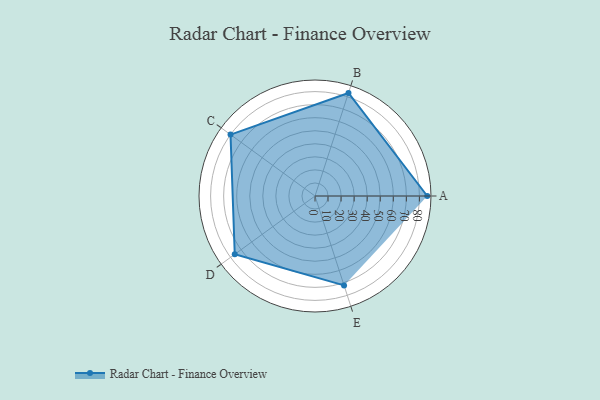
{"axis": {"x": "Skill", "y": "Score"}, "legend": ["Profile"], "data": [{"x": "A", "y": 86.0, "type": "Profile"}, {"x": "B", "y": 83.0, "type": "Profile"}, {"x": "C", "y": 80.0, "type": "Profile"}, {"x": "D", "y": 76.0, "type": "Profile"}, {"x": "E", "y": 72.0, "type": "Profile"}]}